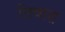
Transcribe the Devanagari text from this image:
तिवारा